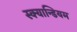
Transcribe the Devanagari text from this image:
स्क्यान्डियम